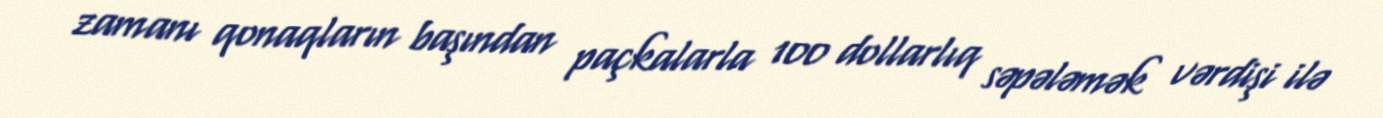
zamanı qonaqların başından paçkalarla 100 dollarlıq səpələmək vərdişi ilə